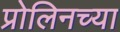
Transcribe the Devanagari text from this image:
प्रोलिनच्या